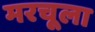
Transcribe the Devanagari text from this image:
मरचूला